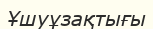
Ұшуұзақтығы